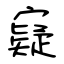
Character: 寲